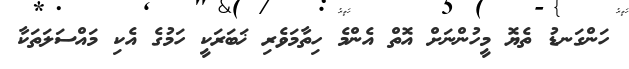
ހަންގަނޑު ތެޔޮ މީހުންނަށް އޮތް އެންމެ ހިތާމަވެރި ޚަބަރަކީ ހަމުގެ އެކި މައްސަލަތަކާ